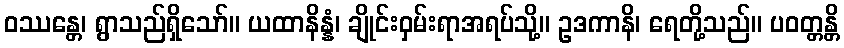
ဝဿန္တေ၊ ရွာသည်ရှိသော်။ ယထာနိန္နံ၊ ချိုင်းဝှမ်းရာအရပ်သို့။ ဥဒကာနိ၊ ရေတို့သည်။ ပဝတ္တန္တိ